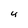
Character: 4